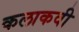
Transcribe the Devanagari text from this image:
कलाकवी